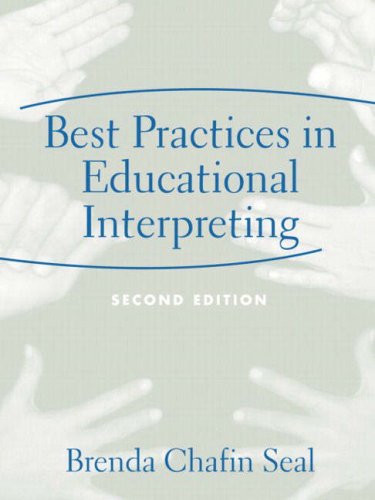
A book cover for Best Practices in Educational Interpreting (2nd Edition); Brenda Chafin C. Seal; Reference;